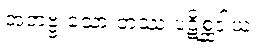
အဘဗ္ဗ သော တဿ ပဋိစ္ဆဒါယ၊